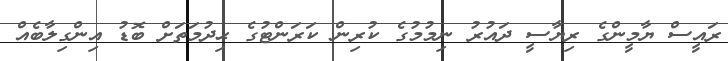
ރައީސް ޔާމީންގެ ރިޔާސީ ދައުރު ނިމުމުގެ ކުރިން ކަރަންޓުގެ ޙިދުމަތަށް ބޮޑު އިންގިލާބެއް